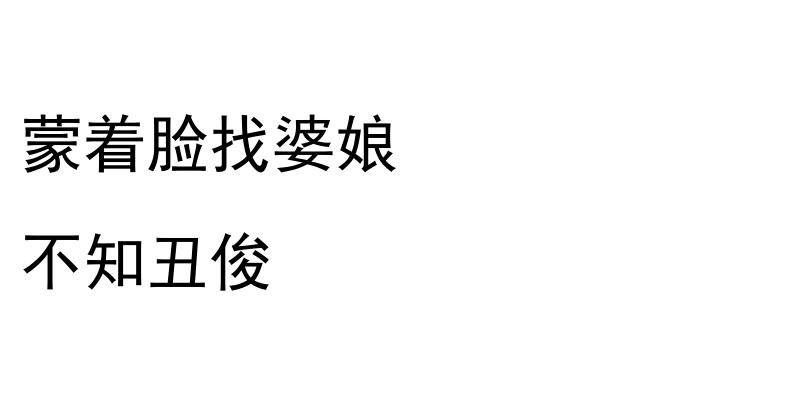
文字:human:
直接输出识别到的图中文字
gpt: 蒙着脸找婆娘 不知丑俊